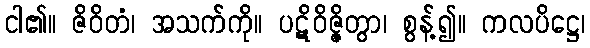
ငါ၏။ ဇိဝိတံ၊ အသက်ကို။ ပဋိဝိဇ္ဇိတွာ၊ စွန့်၍။ ကလပိဋ္ဌေ၊